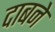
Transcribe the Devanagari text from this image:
दाबने